65_HS1-834228961_62-HQ-83894_Section_3
Agency: FBI
Page 98
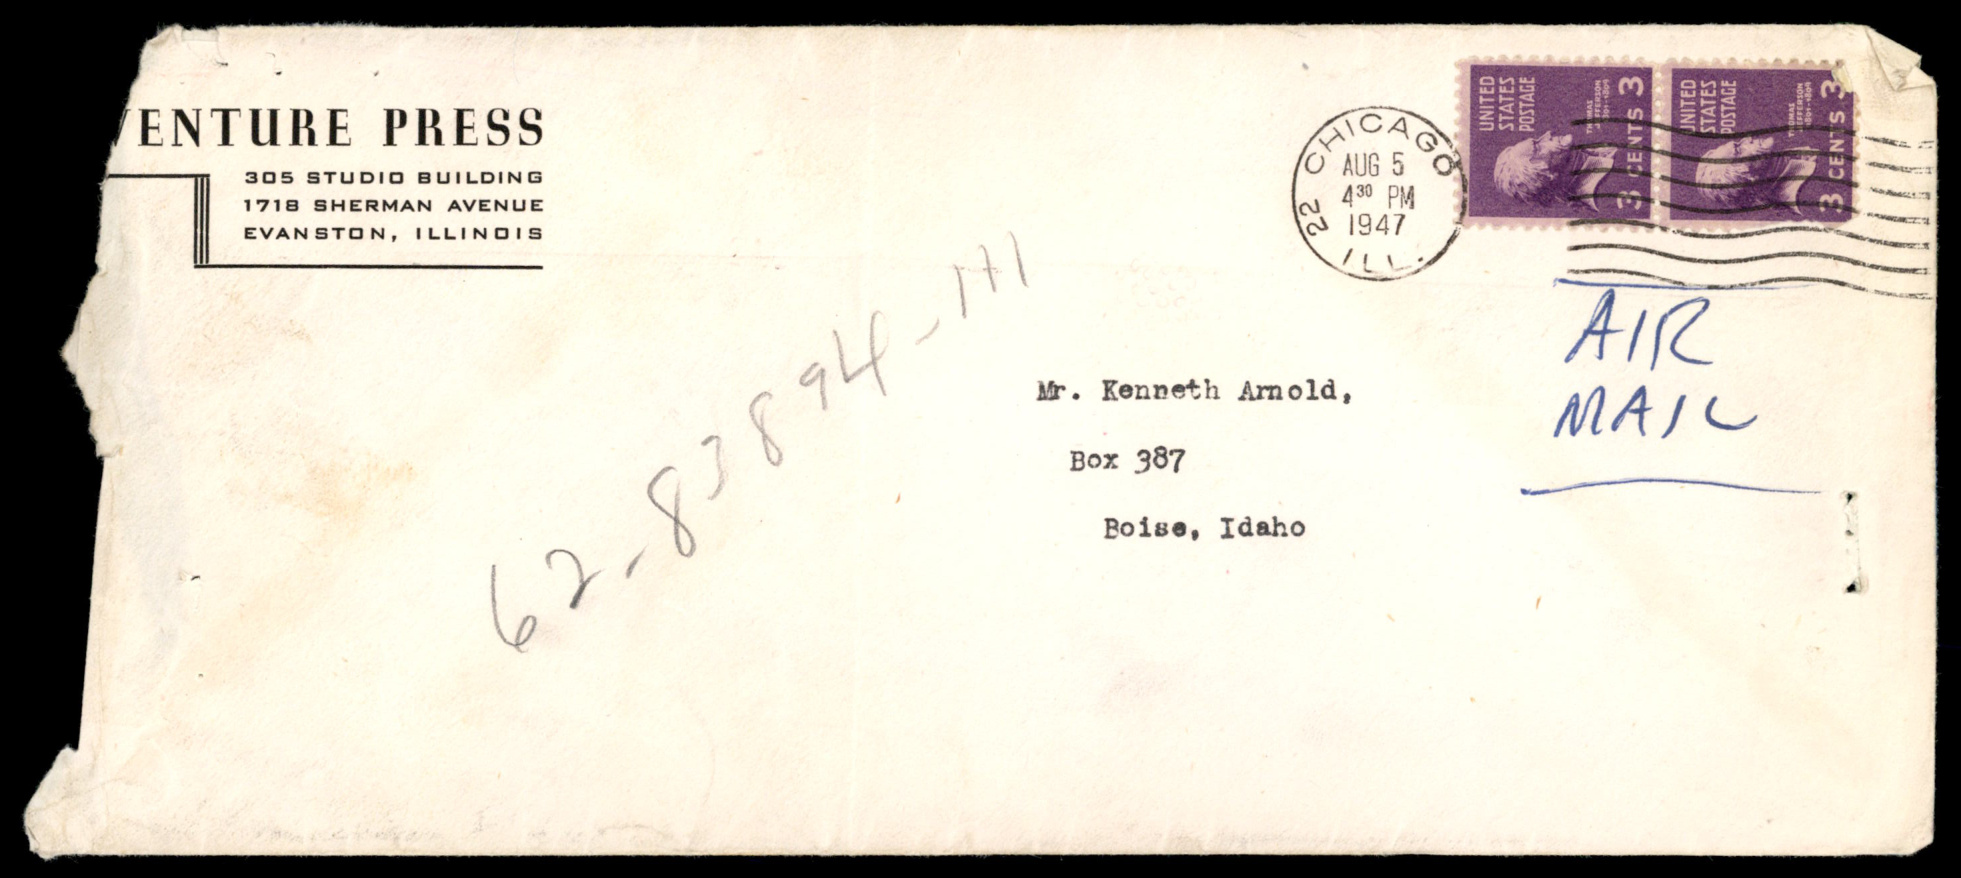